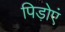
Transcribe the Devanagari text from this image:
पिड़ोएं